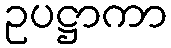
ဥပဋ္ဌာကာ